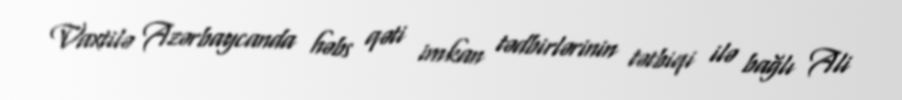
Vaxtilə Azərbaycanda həbs qəti imkan tədbirlərinin tətbiqi ilə bağlı Ali